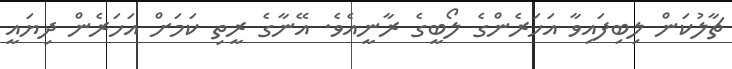
ޗާލުކަން ލިބިފައިވާ އަހަރެންގެ ލޯބީގެ ރާނީއެވެ. އޭނާގެ ރީތި ކަމަށް އަހަރެން ދިޔައީ